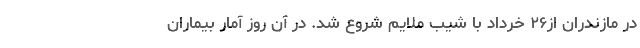
در مازندران از۲۶ خرداد با شیب ملایم شروع شد. در آن روز آمار بیماران